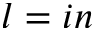
l = i n